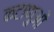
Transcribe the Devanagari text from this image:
कटाणुओं